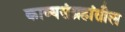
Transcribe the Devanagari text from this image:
काव्यसंग्रहांतील